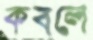
কবলে